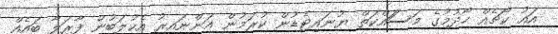
އައު ކޯޗެއް ހޯދުމުގެ މަސަައްކަތް ޔުނައިޓެޑުން ކުރަމުން އަންނައިރު އެކުލަބުން ފާރަލާ ބައެއް